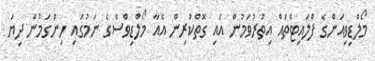
މޯލްޑިވިއަންގެ ފްލައިޓްތައް އިތުރުވަމުން އައި ގޮތްކުރިން އެއާ މޯލްޑިވްސްގެ ނަމުގައި ހިންގަމުން ދިޔަ